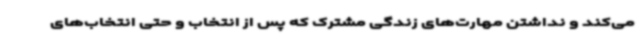
می‌کند و نداشتن مهارت‌های زندگی مشترک که پس از انتخاب و حتی انتخاب‌های